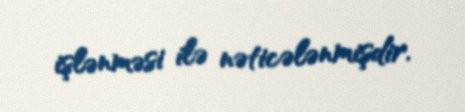
işlənməsi ilə nəticələnmişdir.